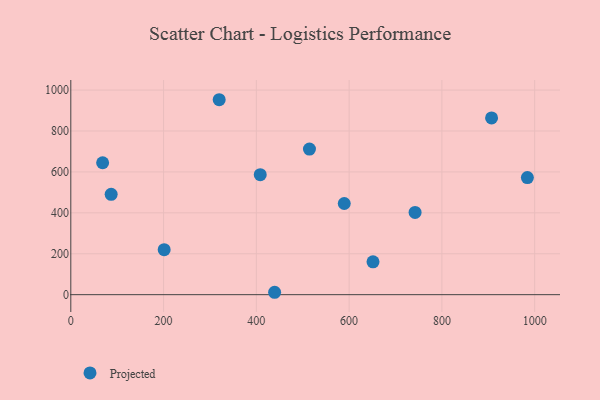
{"axis": {"x": "Engine Size", "y": "Fuel Efficiency"}, "legend": ["Projected"], "data": [{"x": "439.4", "y": 11.7, "type": "Projected"}, {"x": "408.4", "y": 586.7, "type": "Projected"}, {"x": "87.0", "y": 490.3, "type": "Projected"}, {"x": "651.5", "y": 160.4, "type": "Projected"}, {"x": "514.5", "y": 711.7, "type": "Projected"}, {"x": "201.3", "y": 219.8, "type": "Projected"}, {"x": "742.2", "y": 402.1, "type": "Projected"}, {"x": "907.1", "y": 863.9, "type": "Projected"}, {"x": "984.3", "y": 572.4, "type": "Projected"}, {"x": "319.9", "y": 952.9, "type": "Projected"}, {"x": "589.5", "y": 445.6, "type": "Projected"}, {"x": "68.6", "y": 644.8, "type": "Projected"}]}